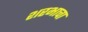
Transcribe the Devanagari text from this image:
शरभाचा